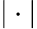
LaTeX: |\cdot|